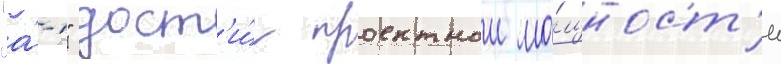
"а́-1" дост'и́г проектнои мо́щност'и